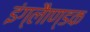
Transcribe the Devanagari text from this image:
इंग्लैाण्डक